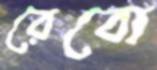
রেবো